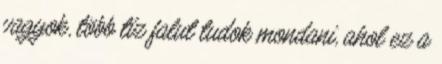
vagyok, több tíz falut tudok mondani, ahol ez a